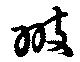
翅